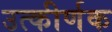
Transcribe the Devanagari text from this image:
उत्कीर्णक